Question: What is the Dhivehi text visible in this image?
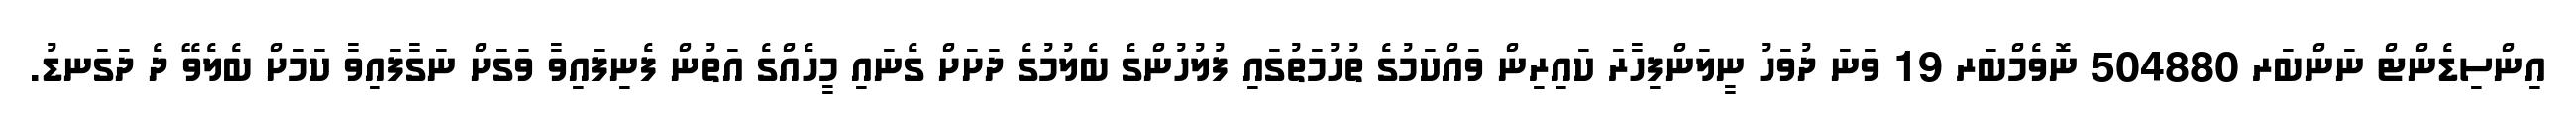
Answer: އިންސިޑެންޓް ނަންބަރ 504880 ނޮވެމްބަރ 19 ވަނަ ދުވަހު ނީލަންފިހާރަ ކައިރިން ވައްކަމުގެ ތުހުމަތުގައި ފުލުހުންގެ ބެލުމުގެ ދަށަށް ގެނައި މީހެއްގެ އަތުން ފެނިފައިވާ ވަގަށް ނަގާފައިވާ ކަމަށް ބެލެވޭ ދެ ދަގަނޑު.